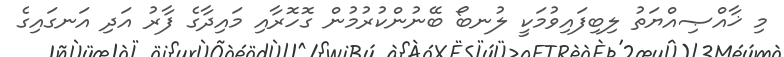
މި ޚާއްޞިއްޔަތު ލިބިފައިވުމަކީ ލުނބޯ ބޭނުންކުރުމުން ގޮހޮރާއި މައިދާގެ ފާރު އަދި އަނގައިގެ